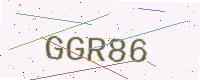
Text: GGR86